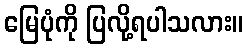
မြေပုံကို ပြလို့ရပါသလား။